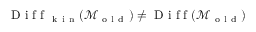
\mathrm { ~ D ~ i ~ f ~ f ~ } _ { \mathrm { ~ k ~ i ~ n ~ } } ( \mathcal { M } _ { \mathrm { ~ o ~ l ~ d ~ } } ) \neq \mathrm { ~ D ~ i ~ f ~ f ~ } ( \mathcal { M } _ { \mathrm { ~ o ~ l ~ d ~ } } )